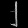
Digit: ၂